Civil Veterinary Department Bihar & Orissa reports 1922-29 - 1922-1929
Year: 1922
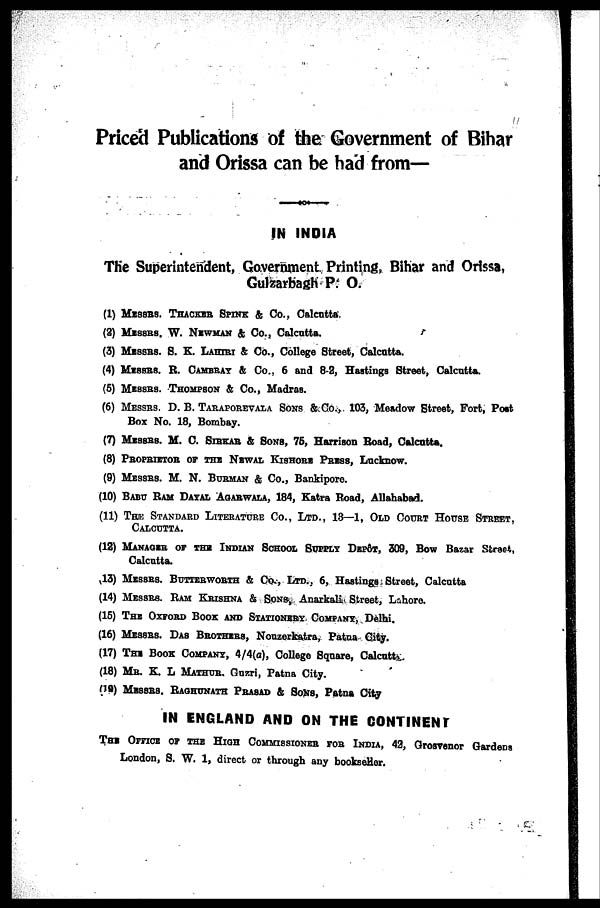
Priced Publications of the Government of Bihar
and Orissa can be had from—
IN INDIA
The Superintendent, Government Printing, Bihar and Orissa,
Gulzarbagh P. O.
(1)
(2)
(3)
(4)
(5)
(6)
(7)
(8)
(9)
(10)
(11)
(12)
(13)
(14)
(15)
(16)
(17)
(18)
(19)
MESSRS. THACKER SPINK & Co., Calcutta.
MESSRS. W. NUWMAN & Co., Calcutta.
MESSRS. S. K. LAHIRI & Co., College Street, Calcutta.
MESSRS. R. CAMBRAI & Co., 6 and 8-2, Hastings Street, Calcutta.
MESSRS. THOMPSON & Co., Madras.
MESSRS. D. B. TARAPOREVALA SONS & Co., 103, Meadow Street, Fort, Post
Box No. 18, Bombay.
MESSRS. M. C. SIRKAR & SONS, 76, Harrison Road, Calcutta.
PROPRIETOR OR THE NEWAL KISHORS PRESS, Lucknow.
MESSRS. M. N. BURMAN & Co., Bankipore.
BABU RAM DAYAL AGARWALA, 184, Katra Road, Allahabad.
THE STANDARD LITERATURE CO., LTD., 13—1, OLD COURT HOUSE STREET,
CALCUTTA.
MANAGER OR THE INDIAN SCHOOL SUPPLY DEPOT, 309, Bow Bazar Street,
Calcutta.
MISSES. BUTTERWORTH & CO, LTD., 6, Hastings Street, Calcutta
MESSRS. RAM KRISHNA & SONS, Anarkali Street, Lahore.
THE OXFORD BOOK AND STATIONARY COMPANY,Delhi.
MISSES. DAS BROTHERS, Nouzerkatra, Patna City.
THE BOOK COMPANY, 4/4(a), College Square, Calcutta
MR. K. L MATHUR.Guzri, Patna City.
MESSRS. RAGHUNATH PRASAD & SONS, Patna City
IN ENGLAND AND ON THE CONTINENT
THE OFFICE OF THE HIGH COMMISSIONER FOR INDIA, 42, Grosvenor Gardens
London, S. W. 1, direct or through any bookseller.